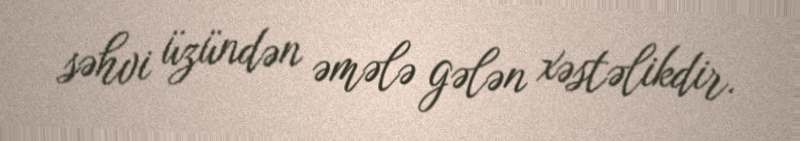
səhvi üzündən əmələ gələn xəstəlikdir.